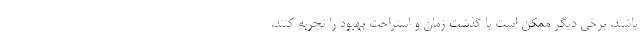
باشند. برخی دیگر ممکن است با گذشت زمان و استراحت بهبود را تجربه کنند.